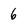
Character: 6